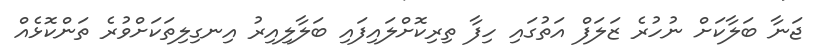
ޖަނާ ބަލާކަށް ނުހުރެ ޒަލަފް އަތުގައި ހިފާ ތިރިކޮށްލައިފައި ބަލާލިއިރު އިނގިލިތަކަށްވުރެ ތަންކޮޅެއް